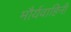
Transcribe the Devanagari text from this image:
मौर्यवाहिनी